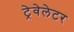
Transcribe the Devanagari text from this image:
ट्रेवेलेटर